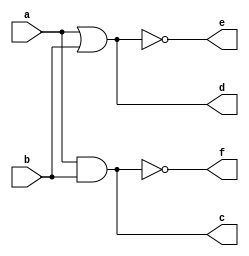
module my_and(c,d,e,f,a,b);
output c,d,e,f;
input a,b;
assign c=a&b;
assign d=a|b;
assign e=a~|b;
assign f=a~&b;
endmodule

module simand;
reg a,b;
wire c,d,e,f;

my_and  m(c,d,e,f,a,b);

initial begin 
$monitor("a=%d,b=%d,c=%d,d=%d,e=%d,f=%d",a,b,c,d,e,f);


a = 1'b0;
b=1'b0;
#10
a = 1'b0;
b=1'b1;
#10
a = 1'b1;
b=1'b0;
#10
a = 1'b1;
b=1'b1;
end

endmodule